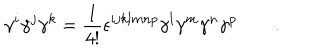
\gamma ^ { i } \gamma ^ { j } \gamma ^ { k } = \frac { 1 } { 4 ! } \epsilon ^ { i j k l m n p } \gamma ^ { l } \gamma ^ { m } \gamma ^ { n } \gamma ^ { p } \qquad .